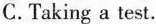
C.Taking a test.